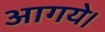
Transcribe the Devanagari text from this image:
आगये।